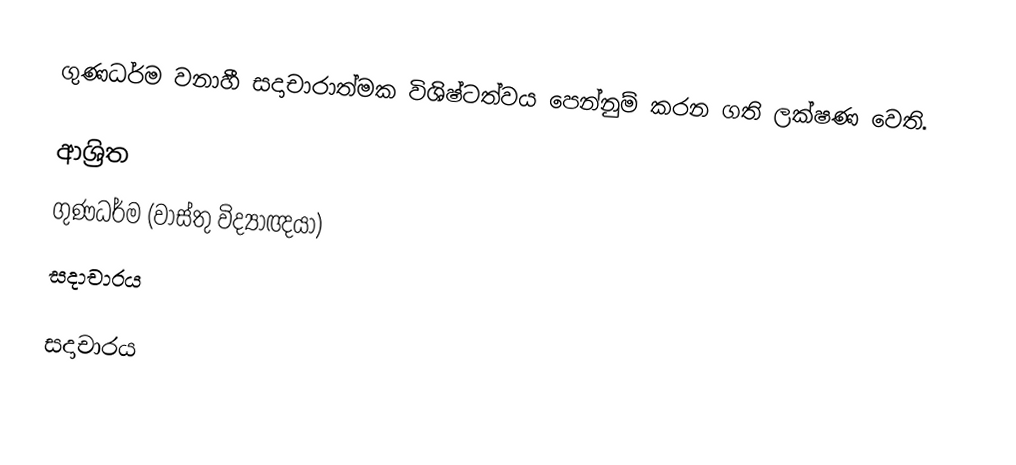
ගුණධර්ම  වනාහී සදාචාරාත්මක විශිෂ්ටත්වය පෙන්නුම් කරන ගති ලක්ෂණ වෙති.

ආශ්‍රිත
 ගුණධර්ම (වාස්තු විද්‍යාඥයා)
 සදාචාරය

සදාචාරය